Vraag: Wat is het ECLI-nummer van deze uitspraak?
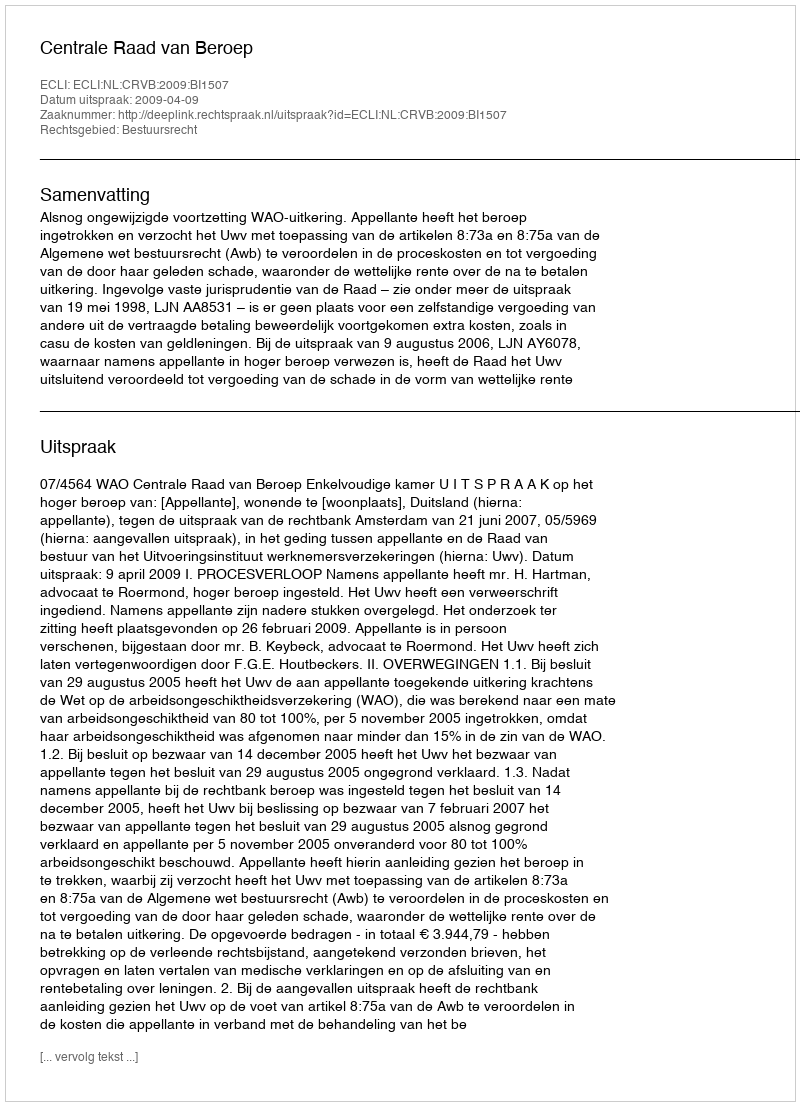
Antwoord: ECLI:NL:CRVB:2009:BI1507